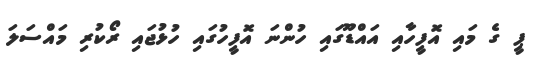
ޕީ ގެ މައި އޮފީހާއި އައްޑޫގައި ހުންނަ އޮފީހުގައި ހުޅުޖައި ރޯކުރި މައްސަލަ